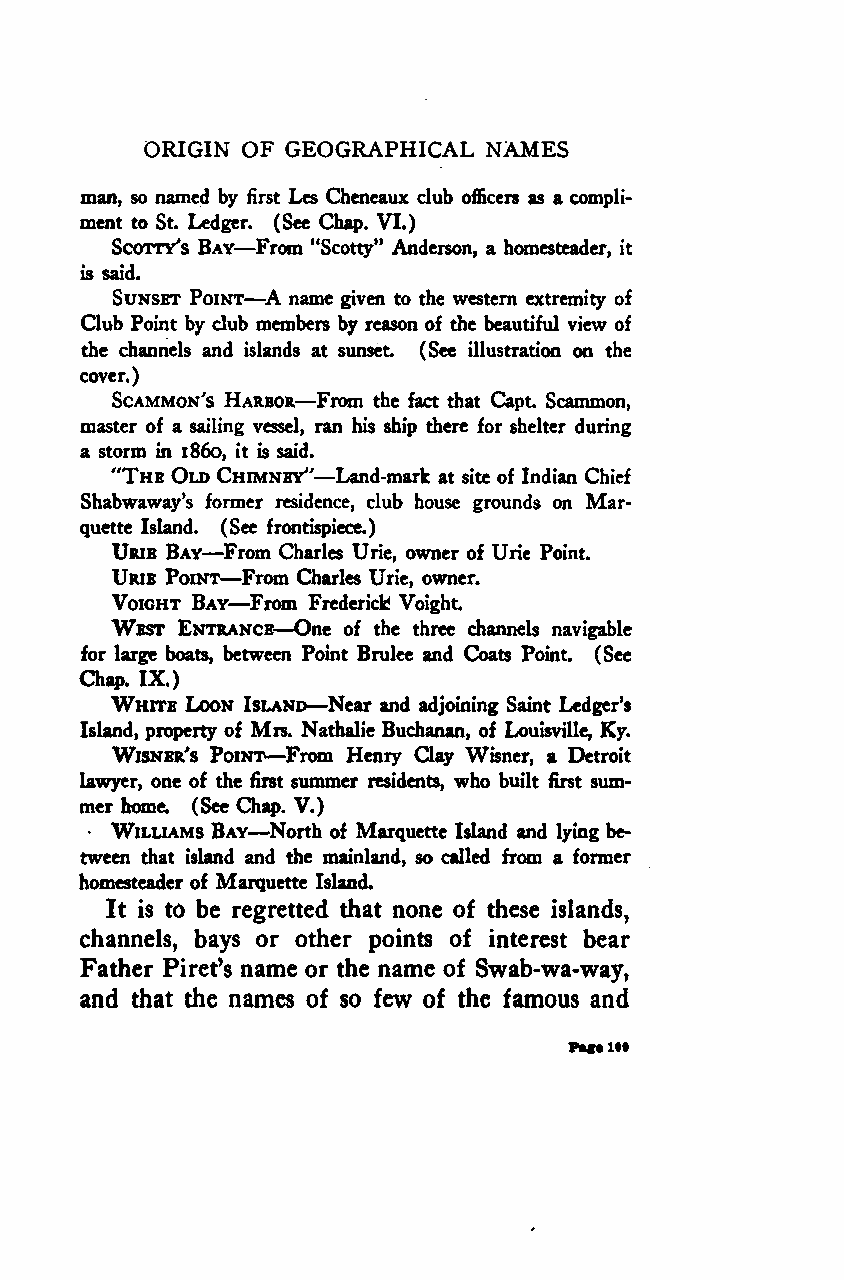
ORIGIN OF GEOGRAPHICAL NAMES
 man, so named by first Les Chcncaux club officers as a compli-
 ment to St. Ledger —. (See Chap. VI.)
 Scarry's Bay From "Scotty" Anderson, a homesteader, it
 is said.   —
 Sunset Point A name given to the western extremity of
 Club Point by club members by reason of the beautiful view of
 the channels and islands at sunset. (See illustration on the
 cover.)
 Scammon's Harbor—From the fact that Capt. ocammon,
 master of a sailing vessel, ran his ship there for shelter during
 a storm in i860, it is said. —
 "The Old Chimney" Land-mark at site of Indian Chief
 Shabwaway's former residence, club house grounds on Mar-
 quette Island. (See frontispiece.)
 —
 Urie Bay From Charles Urie, owner of Urie Point.
 —
 Urie Point From Charles Urie, owner.
 —
 Voight Bay From Frederick Voight.
 West Entrance—One of the three channels navigable
 for large boats, between Point Brulee and Coats Point. (See
 Chap. IX.)
 —
 White Loon Island Near and adjoining Saint Ledger's
 Island, property of Mrs. Nathalie Buchanan, of Louisville, Ky.
 —
 Wisnbr's Point From Henry Clay Wisner, a Detroit
 lawyer, one of the first summer residents, who built first sum-
 mer home. (See Chap. V.)
 —
 • Williams Bay North of Marquette Island and lying be-
 tween that island and the mainland, so called from a former
 homesteader of Marquette Island.
 It is to be regretted that none of these islands,
 channels, bays or other points of interest bear
 Father Piret's name or the name of Swab-wa-way,
 and that the names of so few of the famous and
 Fat*l*t
 Google
 Digitizedby